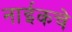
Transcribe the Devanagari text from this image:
नाईकचे